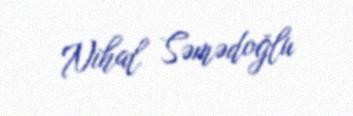
Nihal Səmədoğlu